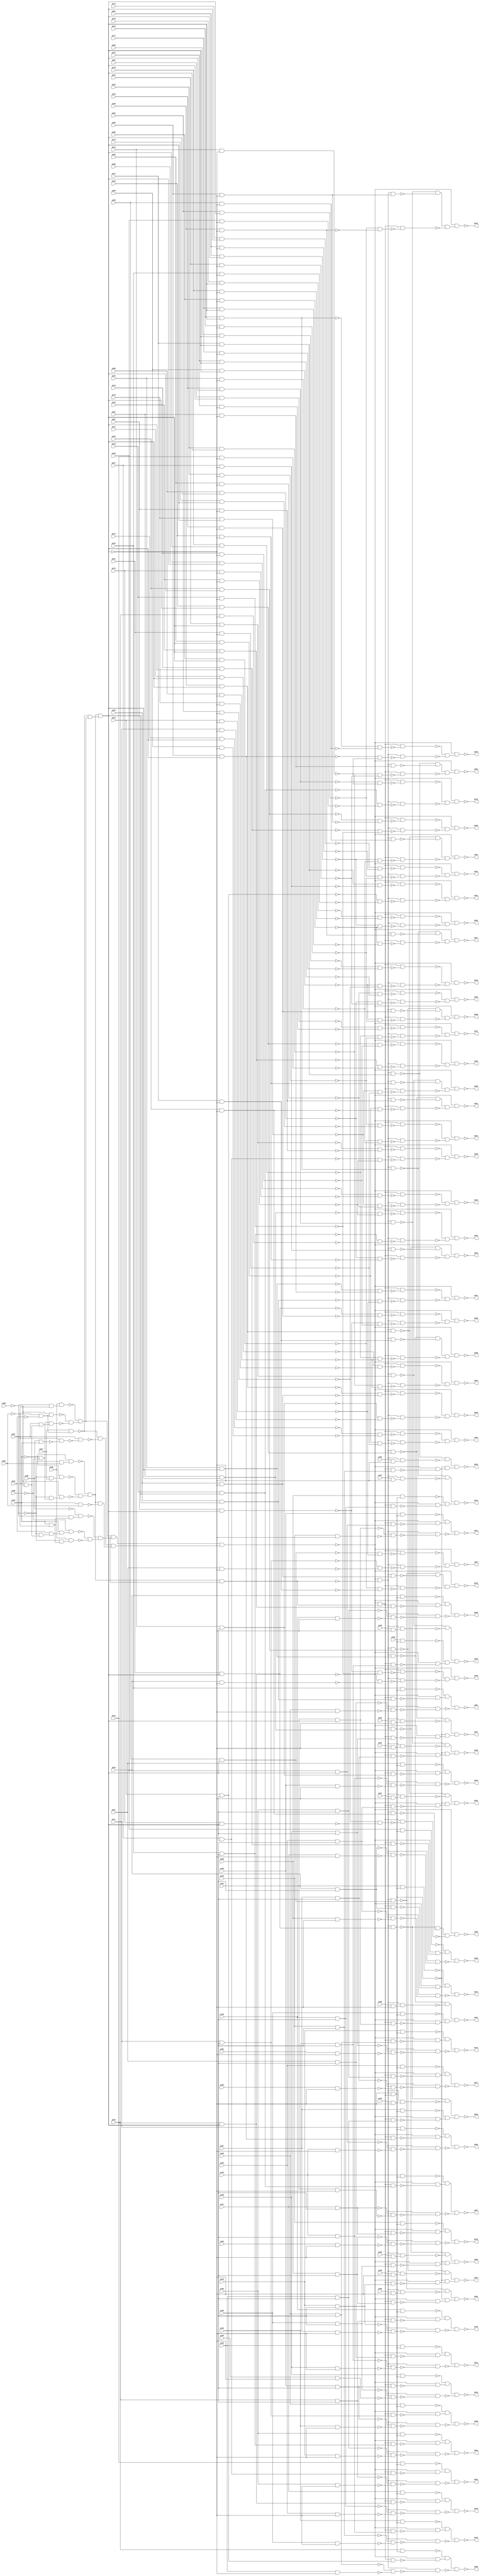
// Verilog File 
module i9 (pi00,pi01,pi02,pi03,pi04,pi05,pi06,pi07,pi08,
pi09,pi10,pi11,pi12,pi13,pi14,pi15,pi16,pi17,pi18,
pi19,pi20,pi21,pi22,pi23,pi24,pi25,pi26,pi27,pi28,
pi29,pi30,pi31,pi32,pi33,pi34,pi35,pi36,pi37,pi38,
pi39,pi40,pi41,pi42,pi43,pi44,pi45,pi46,pi47,pi48,
pi49,pi50,pi51,pi52,pi53,pi54,pi55,pi56,pi57,pi58,
pi59,pi60,pi61,pi62,pi63,pi64,pi65,pi66,pi67,pi68,
pi69,pi70,pi71,pi72,pi73,pi74,pi75,pi76,pi77,pi78,
pi79,pi80,pi81,pi82,pi83,pi84,pi85,pi86,pi87,po00,
po01,po02,po03,po04,po05,po06,po07,po08,po09,po10,
po11,po12,po13,po14,po15,po16,po17,po18,po19,po20,
po21,po22,po23,po24,po25,po26,po27,po28,po29,po30,
po31,po32,po33,po34,po35,po36,po37,po38,po39,po40,
po41,po42,po43,po44,po45,po46,po47,po48,po49,po50,
po51,po52,po53,po54,po55,po56,po57,po58,po59,po60,
po61,po62);

input pi00,pi01,pi02,pi03,pi04,pi05,pi06,pi07,pi08,
pi09,pi10,pi11,pi12,pi13,pi14,pi15,pi16,pi17,pi18,
pi19,pi20,pi21,pi22,pi23,pi24,pi25,pi26,pi27,pi28,
pi29,pi30,pi31,pi32,pi33,pi34,pi35,pi36,pi37,pi38,
pi39,pi40,pi41,pi42,pi43,pi44,pi45,pi46,pi47,pi48,
pi49,pi50,pi51,pi52,pi53,pi54,pi55,pi56,pi57,pi58,
pi59,pi60,pi61,pi62,pi63,pi64,pi65,pi66,pi67,pi68,
pi69,pi70,pi71,pi72,pi73,pi74,pi75,pi76,pi77,pi78,
pi79,pi80,pi81,pi82,pi83,pi84,pi85,pi86,pi87;

output po00,po01,po02,po03,po04,po05,po06,po07,po08,
po09,po10,po11,po12,po13,po14,po15,po16,po17,po18,
po19,po20,po21,po22,po23,po24,po25,po26,po27,po28,
po29,po30,po31,po32,po33,po34,po35,po36,po37,po38,
po39,po40,po41,po42,po43,po44,po45,po46,po47,po48,
po49,po50,po51,po52,po53,po54,po55,po56,po57,po58,
po59,po60,po61,po62;

wire n151,n152,n153,n154,n155,n156,n157,n158,n159,
n160,n161,n162,n163,n164,n165,n166,n167,n168,n169,
n170,n171,n172,n173,n174,n175,n176,n177,n178,n179,
n180,n181,n182,n183,n184,n185,n186,n187,n188,n189,
n190,n191,n192,n193,n194,n195,n196,n197,n198,n199,
n200,n201,n202,n203,n204,n205,n206,n207,n208,n209,
n210,n211,n212,n213,n214,n215,n216,n217,n218,n219,
n220,n221,n222,n223,n224,n225,n226,n227,n228,n229,
n230,n231,n232,n233,n234,n235,n236,n237,n239,n240,
n241,n242,n243,n244,n245,n246,n247,n248,n249,n250,
n251,n252,n253,n254,n255,n257,n258,n259,n260,n261,
n262,n263,n264,n265,n266,n267,n268,n269,n270,n271,
n272,n273,n275,n276,n277,n278,n279,n280,n281,n282,
n283,n284,n285,n286,n287,n288,n289,n290,n291,n293,
n294,n295,n296,n297,n298,n299,n300,n301,n302,n303,
n304,n305,n306,n307,n308,n309,n311,n312,n313,n314,
n315,n316,n317,n318,n319,n320,n321,n322,n323,n324,
n325,n326,n327,n329,n330,n331,n332,n333,n334,n335,
n336,n337,n338,n339,n340,n341,n342,n343,n344,n345,
n347,n348,n349,n350,n351,n352,n353,n354,n355,n356,
n357,n358,n359,n360,n361,n362,n363,n365,n366,n367,
n368,n369,n370,n371,n372,n373,n374,n375,n376,n377,
n378,n379,n380,n381,n383,n384,n385,n386,n387,n388,
n389,n390,n391,n392,n393,n394,n395,n396,n397,n398,
n399,n401,n402,n403,n404,n405,n406,n407,n408,n409,
n410,n411,n412,n413,n414,n415,n416,n417,n419,n420,
n421,n422,n423,n424,n425,n426,n427,n428,n429,n430,
n431,n432,n433,n435,n436,n437,n438,n439,n440,n441,
n442,n443,n444,n445,n446,n447,n448,n449,n451,n452,
n453,n454,n455,n456,n457,n458,n459,n460,n461,n462,
n463,n464,n465,n467,n468,n469,n470,n471,n472,n473,
n474,n475,n476,n477,n478,n479,n480,n481,n483,n484,
n485,n486,n487,n488,n489,n490,n491,n492,n493,n494,
n495,n496,n497,n499,n500,n501,n502,n503,n504,n505,
n506,n507,n508,n509,n510,n511,n512,n513,n515,n516,
n517,n518,n519,n520,n521,n522,n523,n524,n525,n526,
n527,n528,n529,n531,n532,n533,n534,n535,n536,n537,
n538,n539,n540,n541,n542,n543,n544,n545,n547,n548,
n549,n550,n551,n552,n553,n554,n555,n556,n557,n558,
n559,n560,n561,n563,n564,n565,n566,n567,n568,n569,
n570,n571,n572,n573,n574,n575,n576,n577,n579,n580,
n581,n582,n583,n584,n585,n586,n587,n588,n589,n590,
n591,n592,n593,n595,n596,n597,n598,n599,n600,n601,
n602,n603,n604,n605,n606,n607,n608,n609,n611,n612,
n613,n614,n615,n616,n617,n618,n619,n620,n621,n622,
n623,n624,n625,n627,n628,n629,n630,n631,n632,n633,
n634,n635,n636,n637,n638,n639,n641,n642,n643,n644,
n645,n646,n647,n648,n649,n650,n651,n652,n653,n655,
n656,n657,n658,n659,n660,n661,n662,n663,n664,n665,
n666,n667,n669,n670,n671,n672,n673,n674,n675,n676,
n677,n678,n679,n680,n681,n683,n684,n685,n686,n687,
n688,n689,n690,n691,n692,n693,n694,n695,n697,n698,
n699,n700,n701,n702,n703,n704,n705,n706,n707,n708,
n709,n711,n712,n713,n714,n715,n716,n717,n718,n719,
n720,n721,n722,n723,n725,n726,n727,n728,n729,n730,
n731,n732,n733,n734,n735,n736,n737,n738,n739,n741,
n742,n743,n744,n745,n746,n747,n748,n749,n750,n751,
n752,n753,n754,n755,n757,n758,n759,n760,n761,n762,
n763,n764,n765,n766,n767,n768,n769,n770,n771,n773,
n774,n775,n776,n777,n778,n779,n780,n781,n782,n783,
n784,n785,n786,n787,n789,n790,n791,n792,n793,n794,
n795,n796,n797,n798,n799,n800,n801,n802,n803,n804,
n806,n807,n808,n809,n810,n811,n812,n813,n814,n815,
n816,n817,n818,n819,n821,n822,n823,n824,n825,n826,
n827,n828,n829,n830,n831,n832,n833,n834,n836,n837,
n838,n839,n840,n841,n842,n843,n844,n845,n846,n847,
n849,n850,n851,n852,n853,n854,n855,n856,n857,n858,
n859,n860,n862,n863,n864,n865,n866,n867,n868,n869,
n870,n871,n872,n873,n875,n876,n877,n878,n879,n880,
n881,n882,n883,n884,n885,n886,n888,n889,n890,n891,
n892,n893,n894,n895,n896,n897,n898,n899,n901,n902,
n903,n904,n905,n906,n907,n908,n909,n910,n911,n912,
n914,n915,n916,n917,n918,n919,n920,n921,n922,n923,
n924,n925,n927,n928,n929,n930,n931,n932,n933,n934,
n935,n936,n937,n938,n940,n941,n942,n943,n944,n945,
n946,n947,n948,n949,n950,n951,n953,n954,n955,n956,
n957,n958,n959,n960,n961,n962,n963,n964,n965,n966,
n967,n968,n969,n970,n972,n973,n974,n975,n976,n977,
n978,n979,n980,n981,n982,n983,n984,n985,n986,n987,
n988,n989,n991,n992,n993,n994,n995,n996,n997,n998,
n999,n1000,n1001,n1002,n1003,n1004,n1005,n1006,n1007,n1008,
n1010,n1011,n1012,n1013,n1014,n1015,n1016,n1017,n1018,n1019,
n1020,n1021,n1022,n1023,n1024,n1025,n1026,n1027,n1029,n1030,
n1031,n1032,n1033,n1034,n1035,n1036,n1037,n1038,n1039,n1040,
n1041,n1042,n1043,n1044,n1045,n1046,n1048,n1049,n1050,n1051,
n1052,n1053,n1054,n1055,n1056,n1057,n1058,n1059,n1060,n1061,
n1062,n1063,n1065,n1066,n1067,n1068,n1069,n1070,n1071,n1072,
n1073,n1074,n1075,n1076,n1077,n1078,n1079,n1080,n1082,n1083,
n1084,n1085,n1086,n1087,n1088,n1089,n1090,n1091,n1092,n1093,
n1094,n1095,n1097,n1098,n1099,n1100,n1101,n1102,n1103,n1104,
n1105,n1106,n1107,n1108,n1109,n1110,n1112,n1113,n1114,n1115,
n1116,n1117,n1118,n1119,n1120,n1121,n1122,n1124,n1125,n1126,
n1127,n1128,n1129,n1130,n1131,n1132,n1133,n1134,n1136,n1137,
n1138,n1139,n1140,n1141,n1142,n1143,n1144,n1146,n1147,n1148,
n1149,n1150,n1151,n1152,n1153,n1154,n1156,n1157,n1158,n1159,
n1160,n1161,n1162,n1163,n1164,n1166,n1167,n1168,n1169,n1170,
n1171,n1172,n1173,n1174,n1176,n1177,n1178,n1179,n1180,n1181,
n1182,n1183,n1184;
not gate_0(n151,pi00);
not gate_1(n152,pi01);
not gate_2(n153,pi02);
not gate_3(n154,pi03);
not gate_4(n155,pi04);
not gate_5(n156,pi05);
not gate_6(n157,pi06);
and gate_7(n158,n152,pi03);
and gate_8(n159,n153,n158);
not gate_9(n160,n159);
and gate_10(n161,n152,pi07);
and gate_11(n162,n153,n161);
not gate_12(n163,n162);
and gate_13(n164,n153,n157);
and gate_14(n165,n152,n164);
and gate_15(n166,n156,n165);
not gate_16(n167,n166);
and gate_17(n168,n163,n167);
and gate_18(n169,n160,n168);
and gate_19(n170,n154,n155);
and gate_20(n171,pi07,n170);
not gate_21(n172,n171);
and gate_22(n173,pi01,n154);
and gate_23(n174,pi08,n173);
not gate_24(n175,n174);
and gate_25(n176,n156,n170);
not gate_26(n177,n176);
and gate_27(n178,n154,n156);
and gate_28(n179,pi01,n178);
and gate_29(n180,n164,n179);
not gate_30(n181,n180);
and gate_31(n182,n177,n181);
and gate_32(n183,n175,n182);
and gate_33(n184,n172,n183);
and gate_34(n185,n169,n184);
not gate_35(n186,n185);
and gate_36(n187,pi02,n154);
and gate_37(n188,pi01,n187);
and gate_38(n189,n151,n188);
not gate_39(n190,n189);
and gate_40(n191,n152,n178);
and gate_41(n192,pi04,n191);
and gate_42(n193,pi02,n192);
and gate_43(n194,n157,n193);
not gate_44(n195,n194);
and gate_45(n196,n152,n187);
and gate_46(n197,pi08,n196);
not gate_47(n198,n197);
and gate_48(n199,n195,n198);
and gate_49(n200,n190,n199);
and gate_50(n201,n183,n200);
and gate_51(n202,pi00,pi02);
not gate_52(n203,n202);
and gate_53(n204,n154,n203);
not gate_54(n205,n204);
and gate_55(n206,pi01,n205);
not gate_56(n207,n206);
and gate_57(n208,n172,n207);
and gate_58(n209,pi02,pi03);
not gate_59(n210,n209);
and gate_60(n211,n169,n210);
and gate_61(n212,n208,n211);
and gate_62(n213,n201,n212);
not gate_63(n214,n213);
and gate_64(n215,n169,n200);
not gate_65(n216,n215);
and gate_66(n217,n214,n215);
and gate_67(n218,n186,n217);
not gate_68(n219,n218);
and gate_69(n220,pi17,n218);
not gate_70(n221,n220);
and gate_71(n222,pi09,n185);
not gate_72(n223,n222);
and gate_73(n224,n217,n222);
not gate_74(n225,n224);
and gate_75(n226,n214,n225);
and gate_76(n227,n221,n226);
and gate_77(n228,n214,n216);
and gate_78(n229,pi20,n185);
not gate_79(n230,n229);
and gate_80(n231,pi24,n186);
not gate_81(n232,n231);
and gate_82(n233,n230,n232);
not gate_83(n234,n233);
and gate_84(n235,n228,n234);
not gate_85(n236,n235);
and gate_86(n237,n227,n236);
not gate_87(po00,n237);
and gate_88(n239,pi18,n218);
not gate_89(n240,n239);
and gate_90(n241,pi10,n185);
not gate_91(n242,n241);
and gate_92(n243,n217,n241);
not gate_93(n244,n243);
and gate_94(n245,n214,n244);
and gate_95(n246,n240,n245);
and gate_96(n247,pi21,n185);
not gate_97(n248,n247);
and gate_98(n249,pi25,n186);
not gate_99(n250,n249);
and gate_100(n251,n248,n250);
not gate_101(n252,n251);
and gate_102(n253,n228,n252);
not gate_103(n254,n253);
and gate_104(n255,n246,n254);
not gate_105(po01,n255);
and gate_106(n257,pi19,n218);
not gate_107(n258,n257);
and gate_108(n259,pi11,n185);
not gate_109(n260,n259);
and gate_110(n261,n217,n259);
not gate_111(n262,n261);
and gate_112(n263,n214,n262);
and gate_113(n264,n258,n263);
and gate_114(n265,pi22,n185);
not gate_115(n266,n265);
and gate_116(n267,pi26,n186);
not gate_117(n268,n267);
and gate_118(n269,n266,n268);
not gate_119(n270,n269);
and gate_120(n271,n228,n270);
not gate_121(n272,n271);
and gate_122(n273,n264,n272);
not gate_123(po02,n273);
and gate_124(n275,pi20,n218);
not gate_125(n276,n275);
and gate_126(n277,pi12,n185);
not gate_127(n278,n277);
and gate_128(n279,n217,n277);
not gate_129(n280,n279);
and gate_130(n281,n214,n280);
and gate_131(n282,n276,n281);
and gate_132(n283,pi23,n185);
not gate_133(n284,n283);
and gate_134(n285,pi27,n186);
not gate_135(n286,n285);
and gate_136(n287,n284,n286);
not gate_137(n288,n287);
and gate_138(n289,n228,n288);
not gate_139(n290,n289);
and gate_140(n291,n282,n290);
not gate_141(po03,n291);
and gate_142(n293,pi21,n218);
not gate_143(n294,n293);
and gate_144(n295,pi13,n185);
not gate_145(n296,n295);
and gate_146(n297,n217,n295);
not gate_147(n298,n297);
and gate_148(n299,n214,n298);
and gate_149(n300,n294,n299);
and gate_150(n301,pi24,n185);
not gate_151(n302,n301);
and gate_152(n303,pi28,n186);
not gate_153(n304,n303);
and gate_154(n305,n302,n304);
not gate_155(n306,n305);
and gate_156(n307,n228,n306);
not gate_157(n308,n307);
and gate_158(n309,n300,n308);
not gate_159(po04,n309);
and gate_160(n311,pi22,n218);
not gate_161(n312,n311);
and gate_162(n313,pi14,n185);
not gate_163(n314,n313);
and gate_164(n315,n217,n313);
not gate_165(n316,n315);
and gate_166(n317,n214,n316);
and gate_167(n318,n312,n317);
and gate_168(n319,pi25,n185);
not gate_169(n320,n319);
and gate_170(n321,pi29,n186);
not gate_171(n322,n321);
and gate_172(n323,n320,n322);
not gate_173(n324,n323);
and gate_174(n325,n228,n324);
not gate_175(n326,n325);
and gate_176(n327,n318,n326);
not gate_177(po05,n327);
and gate_178(n329,pi23,n218);
not gate_179(n330,n329);
and gate_180(n331,pi15,n185);
not gate_181(n332,n331);
and gate_182(n333,n217,n331);
not gate_183(n334,n333);
and gate_184(n335,n214,n334);
and gate_185(n336,n330,n335);
and gate_186(n337,pi26,n185);
not gate_187(n338,n337);
and gate_188(n339,pi30,n186);
not gate_189(n340,n339);
and gate_190(n341,n338,n340);
not gate_191(n342,n341);
and gate_192(n343,n228,n342);
not gate_193(n344,n343);
and gate_194(n345,n336,n344);
not gate_195(po06,n345);
and gate_196(n347,pi24,n218);
not gate_197(n348,n347);
and gate_198(n349,pi16,n185);
not gate_199(n350,n349);
and gate_200(n351,n217,n349);
not gate_201(n352,n351);
and gate_202(n353,n214,n352);
and gate_203(n354,n348,n353);
and gate_204(n355,pi27,n185);
not gate_205(n356,n355);
and gate_206(n357,pi31,n186);
not gate_207(n358,n357);
and gate_208(n359,n356,n358);
not gate_209(n360,n359);
and gate_210(n361,n228,n360);
not gate_211(n362,n361);
and gate_212(n363,n354,n362);
not gate_213(po07,n363);
and gate_214(n365,pi25,n218);
not gate_215(n366,n365);
and gate_216(n367,pi17,n185);
not gate_217(n368,n367);
and gate_218(n369,n217,n367);
not gate_219(n370,n369);
and gate_220(n371,n214,n370);
and gate_221(n372,n366,n371);
and gate_222(n373,pi28,n185);
not gate_223(n374,n373);
and gate_224(n375,pi32,n186);
not gate_225(n376,n375);
and gate_226(n377,n374,n376);
not gate_227(n378,n377);
and gate_228(n379,n228,n378);
not gate_229(n380,n379);
and gate_230(n381,n372,n380);
not gate_231(po08,n381);
and gate_232(n383,pi26,n218);
not gate_233(n384,n383);
and gate_234(n385,pi18,n185);
not gate_235(n386,n385);
and gate_236(n387,n217,n385);
not gate_237(n388,n387);
and gate_238(n389,n214,n388);
and gate_239(n390,n384,n389);
and gate_240(n391,pi29,n185);
not gate_241(n392,n391);
and gate_242(n393,pi33,n186);
not gate_243(n394,n393);
and gate_244(n395,n392,n394);
not gate_245(n396,n395);
and gate_246(n397,n228,n396);
not gate_247(n398,n397);
and gate_248(n399,n390,n398);
not gate_249(po09,n399);
and gate_250(n401,pi27,n218);
not gate_251(n402,n401);
and gate_252(n403,pi19,n185);
not gate_253(n404,n403);
and gate_254(n405,n217,n403);
not gate_255(n406,n405);
and gate_256(n407,n214,n406);
and gate_257(n408,n402,n407);
and gate_258(n409,pi30,n185);
not gate_259(n410,n409);
and gate_260(n411,pi34,n186);
not gate_261(n412,n411);
and gate_262(n413,n410,n412);
not gate_263(n414,n413);
and gate_264(n415,n228,n414);
not gate_265(n416,n415);
and gate_266(n417,n408,n416);
not gate_267(po10,n417);
and gate_268(n419,pi28,n218);
not gate_269(n420,n419);
and gate_270(n421,n217,n229);
not gate_271(n422,n421);
and gate_272(n423,n214,n422);
and gate_273(n424,n420,n423);
and gate_274(n425,pi31,n185);
not gate_275(n426,n425);
and gate_276(n427,pi35,n186);
not gate_277(n428,n427);
and gate_278(n429,n426,n428);
not gate_279(n430,n429);
and gate_280(n431,n228,n430);
not gate_281(n432,n431);
and gate_282(n433,n424,n432);
not gate_283(po11,n433);
and gate_284(n435,pi29,n218);
not gate_285(n436,n435);
and gate_286(n437,n217,n247);
not gate_287(n438,n437);
and gate_288(n439,n214,n438);
and gate_289(n440,n436,n439);
and gate_290(n441,pi32,n185);
not gate_291(n442,n441);
and gate_292(n443,pi36,n186);
not gate_293(n444,n443);
and gate_294(n445,n442,n444);
not gate_295(n446,n445);
and gate_296(n447,n228,n446);
not gate_297(n448,n447);
and gate_298(n449,n440,n448);
not gate_299(po12,n449);
and gate_300(n451,pi30,n218);
not gate_301(n452,n451);
and gate_302(n453,n217,n265);
not gate_303(n454,n453);
and gate_304(n455,n214,n454);
and gate_305(n456,n452,n455);
and gate_306(n457,pi33,n185);
not gate_307(n458,n457);
and gate_308(n459,pi37,n186);
not gate_309(n460,n459);
and gate_310(n461,n458,n460);
not gate_311(n462,n461);
and gate_312(n463,n228,n462);
not gate_313(n464,n463);
and gate_314(n465,n456,n464);
not gate_315(po13,n465);
and gate_316(n467,pi31,n218);
not gate_317(n468,n467);
and gate_318(n469,n217,n283);
not gate_319(n470,n469);
and gate_320(n471,n214,n470);
and gate_321(n472,n468,n471);
and gate_322(n473,pi34,n185);
not gate_323(n474,n473);
and gate_324(n475,pi38,n186);
not gate_325(n476,n475);
and gate_326(n477,n474,n476);
not gate_327(n478,n477);
and gate_328(n479,n228,n478);
not gate_329(n480,n479);
and gate_330(n481,n472,n480);
not gate_331(po14,n481);
and gate_332(n483,pi32,n218);
not gate_333(n484,n483);
and gate_334(n485,n217,n301);
not gate_335(n486,n485);
and gate_336(n487,n214,n486);
and gate_337(n488,n484,n487);
and gate_338(n489,pi35,n185);
not gate_339(n490,n489);
and gate_340(n491,pi39,n186);
not gate_341(n492,n491);
and gate_342(n493,n490,n492);
not gate_343(n494,n493);
and gate_344(n495,n228,n494);
not gate_345(n496,n495);
and gate_346(n497,n488,n496);
not gate_347(po15,n497);
and gate_348(n499,pi33,n218);
not gate_349(n500,n499);
and gate_350(n501,n217,n319);
not gate_351(n502,n501);
and gate_352(n503,n214,n502);
and gate_353(n504,n500,n503);
and gate_354(n505,pi36,n185);
not gate_355(n506,n505);
and gate_356(n507,pi52,n186);
not gate_357(n508,n507);
and gate_358(n509,n506,n508);
not gate_359(n510,n509);
and gate_360(n511,n228,n510);
not gate_361(n512,n511);
and gate_362(n513,n504,n512);
not gate_363(po16,n513);
and gate_364(n515,pi34,n218);
not gate_365(n516,n515);
and gate_366(n517,n217,n337);
not gate_367(n518,n517);
and gate_368(n519,n214,n518);
and gate_369(n520,n516,n519);
and gate_370(n521,pi37,n185);
not gate_371(n522,n521);
and gate_372(n523,pi53,n186);
not gate_373(n524,n523);
and gate_374(n525,n522,n524);
not gate_375(n526,n525);
and gate_376(n527,n228,n526);
not gate_377(n528,n527);
and gate_378(n529,n520,n528);
not gate_379(po17,n529);
and gate_380(n531,pi35,n218);
not gate_381(n532,n531);
and gate_382(n533,n217,n355);
not gate_383(n534,n533);
and gate_384(n535,n214,n534);
and gate_385(n536,n532,n535);
and gate_386(n537,pi38,n185);
not gate_387(n538,n537);
and gate_388(n539,pi54,n186);
not gate_389(n540,n539);
and gate_390(n541,n538,n540);
not gate_391(n542,n541);
and gate_392(n543,n228,n542);
not gate_393(n544,n543);
and gate_394(n545,n536,n544);
not gate_395(po18,n545);
and gate_396(n547,pi36,n218);
not gate_397(n548,n547);
and gate_398(n549,n217,n373);
not gate_399(n550,n549);
and gate_400(n551,n214,n550);
and gate_401(n552,n548,n551);
and gate_402(n553,pi39,n185);
not gate_403(n554,n553);
and gate_404(n555,pi55,n186);
not gate_405(n556,n555);
and gate_406(n557,n554,n556);
not gate_407(n558,n557);
and gate_408(n559,n228,n558);
not gate_409(n560,n559);
and gate_410(n561,n552,n560);
not gate_411(po19,n561);
and gate_412(n563,pi41,n185);
not gate_413(n564,n563);
and gate_414(n565,n228,n563);
not gate_415(n566,n565);
and gate_416(n567,pi56,n186);
and gate_417(n568,n228,n567);
not gate_418(n569,n568);
and gate_419(n570,n566,n569);
and gate_420(n571,pi37,n218);
not gate_421(n572,n571);
and gate_422(n573,n217,n391);
not gate_423(n574,n573);
and gate_424(n575,n214,n574);
and gate_425(n576,n572,n575);
and gate_426(n577,n570,n576);
not gate_427(po20,n577);
and gate_428(n579,pi42,n185);
not gate_429(n580,n579);
and gate_430(n581,n228,n579);
not gate_431(n582,n581);
and gate_432(n583,pi57,n186);
and gate_433(n584,n228,n583);
not gate_434(n585,n584);
and gate_435(n586,n582,n585);
and gate_436(n587,pi38,n218);
not gate_437(n588,n587);
and gate_438(n589,n217,n409);
not gate_439(n590,n589);
and gate_440(n591,n214,n590);
and gate_441(n592,n588,n591);
and gate_442(n593,n586,n592);
not gate_443(po21,n593);
and gate_444(n595,pi43,n185);
not gate_445(n596,n595);
and gate_446(n597,n228,n595);
not gate_447(n598,n597);
and gate_448(n599,pi58,n186);
and gate_449(n600,n228,n599);
not gate_450(n601,n600);
and gate_451(n602,n598,n601);
and gate_452(n603,pi39,n218);
not gate_453(n604,n603);
and gate_454(n605,n217,n425);
not gate_455(n606,n605);
and gate_456(n607,n214,n606);
and gate_457(n608,n604,n607);
and gate_458(n609,n602,n608);
not gate_459(po22,n609);
and gate_460(n611,pi44,n185);
not gate_461(n612,n611);
and gate_462(n613,n228,n611);
not gate_463(n614,n613);
and gate_464(n615,pi59,n186);
and gate_465(n616,n228,n615);
not gate_466(n617,n616);
and gate_467(n618,n614,n617);
and gate_468(n619,pi40,n218);
not gate_469(n620,n619);
and gate_470(n621,n217,n441);
not gate_471(n622,n621);
and gate_472(n623,n214,n622);
and gate_473(n624,n620,n623);
and gate_474(n625,n618,n624);
not gate_475(po23,n625);
and gate_476(n627,pi45,n185);
not gate_477(n628,n627);
and gate_478(n629,n228,n627);
not gate_479(n630,n629);
and gate_480(n631,pi60,n186);
and gate_481(n632,n228,n631);
not gate_482(n633,n632);
and gate_483(n634,n630,n633);
and gate_484(n635,n217,n457);
not gate_485(n636,n635);
and gate_486(n637,n214,n636);
and gate_487(n638,n219,n637);
and gate_488(n639,n634,n638);
not gate_489(po24,n639);
and gate_490(n641,pi46,n185);
not gate_491(n642,n641);
and gate_492(n643,n228,n641);
not gate_493(n644,n643);
and gate_494(n645,pi61,n186);
and gate_495(n646,n228,n645);
not gate_496(n647,n646);
and gate_497(n648,n644,n647);
and gate_498(n649,n217,n473);
not gate_499(n650,n649);
and gate_500(n651,n214,n650);
and gate_501(n652,n219,n651);
and gate_502(n653,n648,n652);
not gate_503(po25,n653);
and gate_504(n655,pi47,n185);
not gate_505(n656,n655);
and gate_506(n657,n228,n655);
not gate_507(n658,n657);
and gate_508(n659,pi62,n186);
and gate_509(n660,n228,n659);
not gate_510(n661,n660);
and gate_511(n662,n658,n661);
and gate_512(n663,n217,n489);
not gate_513(n664,n663);
and gate_514(n665,n214,n664);
and gate_515(n666,n219,n665);
and gate_516(n667,n662,n666);
not gate_517(po26,n667);
and gate_518(n669,pi48,n185);
not gate_519(n670,n669);
and gate_520(n671,n228,n669);
not gate_521(n672,n671);
and gate_522(n673,pi63,n186);
and gate_523(n674,n228,n673);
not gate_524(n675,n674);
and gate_525(n676,n672,n675);
and gate_526(n677,n217,n505);
not gate_527(n678,n677);
and gate_528(n679,n214,n678);
and gate_529(n680,n219,n679);
and gate_530(n681,n676,n680);
not gate_531(po27,n681);
and gate_532(n683,pi49,n185);
not gate_533(n684,n683);
and gate_534(n685,n228,n683);
not gate_535(n686,n685);
and gate_536(n687,pi64,n186);
and gate_537(n688,n228,n687);
not gate_538(n689,n688);
and gate_539(n690,n686,n689);
and gate_540(n691,n217,n521);
not gate_541(n692,n691);
and gate_542(n693,n214,n692);
and gate_543(n694,n219,n693);
and gate_544(n695,n690,n694);
not gate_545(po28,n695);
and gate_546(n697,pi50,n185);
not gate_547(n698,n697);
and gate_548(n699,n228,n697);
not gate_549(n700,n699);
and gate_550(n701,pi65,n186);
and gate_551(n702,n228,n701);
not gate_552(n703,n702);
and gate_553(n704,n700,n703);
and gate_554(n705,n217,n537);
not gate_555(n706,n705);
and gate_556(n707,n214,n706);
and gate_557(n708,n219,n707);
and gate_558(n709,n704,n708);
not gate_559(po29,n709);
and gate_560(n711,pi51,n185);
not gate_561(n712,n711);
and gate_562(n713,n228,n711);
not gate_563(n714,n713);
and gate_564(n715,pi66,n186);
and gate_565(n716,n228,n715);
not gate_566(n717,n716);
and gate_567(n718,n714,n717);
and gate_568(n719,n217,n553);
not gate_569(n720,n719);
and gate_570(n721,n214,n720);
and gate_571(n722,n219,n721);
and gate_572(n723,n718,n722);
not gate_573(po30,n723);
and gate_574(n725,pi87,n186);
not gate_575(n726,n725);
and gate_576(n727,n228,n725);
not gate_577(n728,n727);
and gate_578(n729,n672,n728);
and gate_579(n730,pi83,n185);
not gate_580(n731,n730);
and gate_581(n732,pi45,n186);
not gate_582(n733,n732);
and gate_583(n734,n731,n733);
not gate_584(n735,n734);
and gate_585(n736,n217,n735);
not gate_586(n737,n736);
and gate_587(n738,n729,n737);
and gate_588(n739,n214,n738);
not gate_589(po31,n739);
and gate_590(n741,pi09,n186);
not gate_591(n742,n741);
and gate_592(n743,n228,n741);
not gate_593(n744,n743);
and gate_594(n745,n686,n744);
and gate_595(n746,pi84,n185);
not gate_596(n747,n746);
and gate_597(n748,pi46,n186);
not gate_598(n749,n748);
and gate_599(n750,n747,n749);
not gate_600(n751,n750);
and gate_601(n752,n217,n751);
not gate_602(n753,n752);
and gate_603(n754,n745,n753);
and gate_604(n755,n214,n754);
not gate_605(po32,n755);
and gate_606(n757,pi10,n186);
not gate_607(n758,n757);
and gate_608(n759,n228,n757);
not gate_609(n760,n759);
and gate_610(n761,n700,n760);
and gate_611(n762,pi85,n185);
not gate_612(n763,n762);
and gate_613(n764,pi47,n186);
not gate_614(n765,n764);
and gate_615(n766,n763,n765);
not gate_616(n767,n766);
and gate_617(n768,n217,n767);
not gate_618(n769,n768);
and gate_619(n770,n761,n769);
and gate_620(n771,n214,n770);
not gate_621(po33,n771);
and gate_622(n773,pi11,n186);
not gate_623(n774,n773);
and gate_624(n775,n228,n773);
not gate_625(n776,n775);
and gate_626(n777,n714,n776);
and gate_627(n778,pi86,n185);
not gate_628(n779,n778);
and gate_629(n780,pi48,n186);
not gate_630(n781,n780);
and gate_631(n782,n779,n781);
not gate_632(n783,n782);
and gate_633(n784,n217,n783);
not gate_634(n785,n784);
and gate_635(n786,n777,n785);
and gate_636(n787,n214,n786);
not gate_637(po34,n787);
and gate_638(n789,pi49,n186);
not gate_639(n790,n789);
and gate_640(n791,n564,n790);
not gate_641(n792,n791);
and gate_642(n793,n217,n792);
not gate_643(n794,n793);
and gate_644(n795,pi87,n185);
not gate_645(n796,n795);
and gate_646(n797,pi12,n186);
not gate_647(n798,n797);
and gate_648(n799,n796,n798);
not gate_649(n800,n799);
and gate_650(n801,n228,n800);
not gate_651(n802,n801);
and gate_652(n803,n794,n802);
and gate_653(n804,n214,n803);
not gate_654(po35,n804);
and gate_655(n806,pi50,n186);
not gate_656(n807,n806);
and gate_657(n808,n580,n807);
not gate_658(n809,n808);
and gate_659(n810,n217,n809);
not gate_660(n811,n810);
and gate_661(n812,pi13,n186);
not gate_662(n813,n812);
and gate_663(n814,n223,n813);
not gate_664(n815,n814);
and gate_665(n816,n228,n815);
not gate_666(n817,n816);
and gate_667(n818,n811,n817);
and gate_668(n819,n214,n818);
not gate_669(po36,n819);
and gate_670(n821,pi51,n186);
not gate_671(n822,n821);
and gate_672(n823,n596,n822);
not gate_673(n824,n823);
and gate_674(n825,n217,n824);
not gate_675(n826,n825);
and gate_676(n827,pi14,n186);
not gate_677(n828,n827);
and gate_678(n829,n242,n828);
not gate_679(n830,n829);
and gate_680(n831,n228,n830);
not gate_681(n832,n831);
and gate_682(n833,n826,n832);
and gate_683(n834,n214,n833);
not gate_684(po37,n834);
and gate_685(n836,n612,n726);
not gate_686(n837,n836);
and gate_687(n838,n217,n837);
not gate_688(n839,n838);
and gate_689(n840,pi15,n186);
not gate_690(n841,n840);
and gate_691(n842,n260,n841);
not gate_692(n843,n842);
and gate_693(n844,n228,n843);
not gate_694(n845,n844);
and gate_695(n846,n839,n845);
and gate_696(n847,n214,n846);
not gate_697(po38,n847);
and gate_698(n849,n628,n742);
not gate_699(n850,n849);
and gate_700(n851,n217,n850);
not gate_701(n852,n851);
and gate_702(n853,pi16,n186);
not gate_703(n854,n853);
and gate_704(n855,n278,n854);
not gate_705(n856,n855);
and gate_706(n857,n228,n856);
not gate_707(n858,n857);
and gate_708(n859,n852,n858);
and gate_709(n860,n214,n859);
not gate_710(po39,n860);
and gate_711(n862,n642,n758);
not gate_712(n863,n862);
and gate_713(n864,n217,n863);
not gate_714(n865,n864);
and gate_715(n866,pi17,n186);
not gate_716(n867,n866);
and gate_717(n868,n296,n867);
not gate_718(n869,n868);
and gate_719(n870,n228,n869);
not gate_720(n871,n870);
and gate_721(n872,n865,n871);
and gate_722(n873,n214,n872);
not gate_723(po40,n873);
and gate_724(n875,n656,n774);
not gate_725(n876,n875);
and gate_726(n877,n217,n876);
not gate_727(n878,n877);
and gate_728(n879,pi18,n186);
not gate_729(n880,n879);
and gate_730(n881,n314,n880);
not gate_731(n882,n881);
and gate_732(n883,n228,n882);
not gate_733(n884,n883);
and gate_734(n885,n878,n884);
and gate_735(n886,n214,n885);
not gate_736(po41,n886);
and gate_737(n888,n670,n798);
not gate_738(n889,n888);
and gate_739(n890,n217,n889);
not gate_740(n891,n890);
and gate_741(n892,pi19,n186);
not gate_742(n893,n892);
and gate_743(n894,n332,n893);
not gate_744(n895,n894);
and gate_745(n896,n228,n895);
not gate_746(n897,n896);
and gate_747(n898,n891,n897);
and gate_748(n899,n214,n898);
not gate_749(po42,n899);
and gate_750(n901,n684,n813);
not gate_751(n902,n901);
and gate_752(n903,n217,n902);
not gate_753(n904,n903);
and gate_754(n905,pi20,n186);
not gate_755(n906,n905);
and gate_756(n907,n350,n906);
not gate_757(n908,n907);
and gate_758(n909,n228,n908);
not gate_759(n910,n909);
and gate_760(n911,n904,n910);
and gate_761(n912,n214,n911);
not gate_762(po43,n912);
and gate_763(n914,n698,n828);
not gate_764(n915,n914);
and gate_765(n916,n217,n915);
not gate_766(n917,n916);
and gate_767(n918,pi21,n186);
not gate_768(n919,n918);
and gate_769(n920,n368,n919);
not gate_770(n921,n920);
and gate_771(n922,n228,n921);
not gate_772(n923,n922);
and gate_773(n924,n917,n923);
and gate_774(n925,n214,n924);
not gate_775(po44,n925);
and gate_776(n927,n712,n841);
not gate_777(n928,n927);
and gate_778(n929,n217,n928);
not gate_779(n930,n929);
and gate_780(n931,pi22,n186);
not gate_781(n932,n931);
and gate_782(n933,n386,n932);
not gate_783(n934,n933);
and gate_784(n935,n228,n934);
not gate_785(n936,n935);
and gate_786(n937,n930,n936);
and gate_787(n938,n214,n937);
not gate_788(po45,n938);
and gate_789(n940,n796,n854);
not gate_790(n941,n940);
and gate_791(n942,n217,n941);
not gate_792(n943,n942);
and gate_793(n944,pi23,n186);
not gate_794(n945,n944);
and gate_795(n946,n404,n945);
not gate_796(n947,n946);
and gate_797(n948,n228,n947);
not gate_798(n949,n948);
and gate_799(n950,n943,n949);
and gate_800(n951,n214,n950);
not gate_801(po46,n951);
and gate_802(n953,pi67,n185);
not gate_803(n954,n953);
and gate_804(n955,pi75,n186);
not gate_805(n956,n955);
and gate_806(n957,n954,n956);
not gate_807(n958,n957);
and gate_808(n959,n217,n958);
not gate_809(n960,n959);
and gate_810(n961,pi78,n185);
not gate_811(n962,n961);
and gate_812(n963,pi82,n186);
not gate_813(n964,n963);
and gate_814(n965,n962,n964);
not gate_815(n966,n965);
and gate_816(n967,n228,n966);
not gate_817(n968,n967);
and gate_818(n969,n960,n968);
and gate_819(n970,n214,n969);
not gate_820(po47,n970);
and gate_821(n972,pi68,n185);
not gate_822(n973,n972);
and gate_823(n974,pi76,n186);
not gate_824(n975,n974);
and gate_825(n976,n973,n975);
not gate_826(n977,n976);
and gate_827(n978,n217,n977);
not gate_828(n979,n978);
and gate_829(n980,pi79,n185);
not gate_830(n981,n980);
and gate_831(n982,pi83,n186);
not gate_832(n983,n982);
and gate_833(n984,n981,n983);
not gate_834(n985,n984);
and gate_835(n986,n228,n985);
not gate_836(n987,n986);
and gate_837(n988,n979,n987);
and gate_838(n989,n214,n988);
not gate_839(po48,n989);
and gate_840(n991,pi69,n185);
not gate_841(n992,n991);
and gate_842(n993,pi77,n186);
not gate_843(n994,n993);
and gate_844(n995,n992,n994);
not gate_845(n996,n995);
and gate_846(n997,n217,n996);
not gate_847(n998,n997);
and gate_848(n999,pi80,n185);
not gate_849(n1000,n999);
and gate_850(n1001,pi84,n186);
not gate_851(n1002,n1001);
and gate_852(n1003,n1000,n1002);
not gate_853(n1004,n1003);
and gate_854(n1005,n228,n1004);
not gate_855(n1006,n1005);
and gate_856(n1007,n998,n1006);
and gate_857(n1008,n214,n1007);
not gate_858(po49,n1008);
and gate_859(n1010,pi70,n185);
not gate_860(n1011,n1010);
and gate_861(n1012,pi78,n186);
not gate_862(n1013,n1012);
and gate_863(n1014,n1011,n1013);
not gate_864(n1015,n1014);
and gate_865(n1016,n217,n1015);
not gate_866(n1017,n1016);
and gate_867(n1018,pi81,n185);
not gate_868(n1019,n1018);
and gate_869(n1020,pi85,n186);
not gate_870(n1021,n1020);
and gate_871(n1022,n1019,n1021);
not gate_872(n1023,n1022);
and gate_873(n1024,n228,n1023);
not gate_874(n1025,n1024);
and gate_875(n1026,n1017,n1025);
and gate_876(n1027,n214,n1026);
not gate_877(po50,n1027);
and gate_878(n1029,pi71,n185);
not gate_879(n1030,n1029);
and gate_880(n1031,pi79,n186);
not gate_881(n1032,n1031);
and gate_882(n1033,n1030,n1032);
not gate_883(n1034,n1033);
and gate_884(n1035,n217,n1034);
not gate_885(n1036,n1035);
and gate_886(n1037,pi82,n185);
not gate_887(n1038,n1037);
and gate_888(n1039,pi86,n186);
not gate_889(n1040,n1039);
and gate_890(n1041,n1038,n1040);
not gate_891(n1042,n1041);
and gate_892(n1043,n228,n1042);
not gate_893(n1044,n1043);
and gate_894(n1045,n1036,n1044);
and gate_895(n1046,n214,n1045);
not gate_896(po51,n1046);
and gate_897(n1048,pi72,n185);
not gate_898(n1049,n1048);
and gate_899(n1050,pi80,n186);
not gate_900(n1051,n1050);
and gate_901(n1052,n1049,n1051);
not gate_902(n1053,n1052);
and gate_903(n1054,n217,n1053);
not gate_904(n1055,n1054);
and gate_905(n1056,pi41,n186);
not gate_906(n1057,n1056);
and gate_907(n1058,n731,n1057);
not gate_908(n1059,n1058);
and gate_909(n1060,n228,n1059);
not gate_910(n1061,n1060);
and gate_911(n1062,n1055,n1061);
and gate_912(n1063,n214,n1062);
not gate_913(po52,n1063);
and gate_914(n1065,pi73,n185);
not gate_915(n1066,n1065);
and gate_916(n1067,pi81,n186);
not gate_917(n1068,n1067);
and gate_918(n1069,n1066,n1068);
not gate_919(n1070,n1069);
and gate_920(n1071,n217,n1070);
not gate_921(n1072,n1071);
and gate_922(n1073,pi42,n186);
not gate_923(n1074,n1073);
and gate_924(n1075,n747,n1074);
not gate_925(n1076,n1075);
and gate_926(n1077,n228,n1076);
not gate_927(n1078,n1077);
and gate_928(n1079,n1072,n1078);
and gate_929(n1080,n214,n1079);
not gate_930(po53,n1080);
and gate_931(n1082,pi74,n185);
not gate_932(n1083,n1082);
and gate_933(n1084,n964,n1083);
not gate_934(n1085,n1084);
and gate_935(n1086,n217,n1085);
not gate_936(n1087,n1086);
and gate_937(n1088,pi43,n186);
not gate_938(n1089,n1088);
and gate_939(n1090,n763,n1089);
not gate_940(n1091,n1090);
and gate_941(n1092,n228,n1091);
not gate_942(n1093,n1092);
and gate_943(n1094,n1087,n1093);
and gate_944(n1095,n214,n1094);
not gate_945(po54,n1095);
and gate_946(n1097,pi75,n185);
not gate_947(n1098,n1097);
and gate_948(n1099,n983,n1098);
not gate_949(n1100,n1099);
and gate_950(n1101,n217,n1100);
not gate_951(n1102,n1101);
and gate_952(n1103,pi44,n186);
not gate_953(n1104,n1103);
and gate_954(n1105,n779,n1104);
not gate_955(n1106,n1105);
and gate_956(n1107,n228,n1106);
not gate_957(n1108,n1107);
and gate_958(n1109,n1102,n1108);
and gate_959(n1110,n214,n1109);
not gate_960(po55,n1110);
and gate_961(n1112,n228,n732);
not gate_962(n1113,n1112);
and gate_963(n1114,n566,n1113);
and gate_964(n1115,pi76,n185);
not gate_965(n1116,n1115);
and gate_966(n1117,n1002,n1116);
not gate_967(n1118,n1117);
and gate_968(n1119,n217,n1118);
not gate_969(n1120,n1119);
and gate_970(n1121,n1114,n1120);
and gate_971(n1122,n214,n1121);
not gate_972(po56,n1122);
and gate_973(n1124,n228,n748);
not gate_974(n1125,n1124);
and gate_975(n1126,n582,n1125);
and gate_976(n1127,pi77,n185);
not gate_977(n1128,n1127);
and gate_978(n1129,n1021,n1128);
not gate_979(n1130,n1129);
and gate_980(n1131,n217,n1130);
not gate_981(n1132,n1131);
and gate_982(n1133,n1126,n1132);
and gate_983(n1134,n214,n1133);
not gate_984(po57,n1134);
and gate_985(n1136,n228,n764);
not gate_986(n1137,n1136);
and gate_987(n1138,n598,n1137);
and gate_988(n1139,n962,n1040);
not gate_989(n1140,n1139);
and gate_990(n1141,n217,n1140);
not gate_991(n1142,n1141);
and gate_992(n1143,n1138,n1142);
and gate_993(n1144,n214,n1143);
not gate_994(po58,n1144);
and gate_995(n1146,n228,n780);
not gate_996(n1147,n1146);
and gate_997(n1148,n614,n1147);
and gate_998(n1149,n981,n1057);
not gate_999(n1150,n1149);
and gate_1000(n1151,n217,n1150);
not gate_1001(n1152,n1151);
and gate_1002(n1153,n1148,n1152);
and gate_1003(n1154,n214,n1153);
not gate_1004(po59,n1154);
and gate_1005(n1156,n228,n789);
not gate_1006(n1157,n1156);
and gate_1007(n1158,n630,n1157);
and gate_1008(n1159,n1000,n1074);
not gate_1009(n1160,n1159);
and gate_1010(n1161,n217,n1160);
not gate_1011(n1162,n1161);
and gate_1012(n1163,n1158,n1162);
and gate_1013(n1164,n214,n1163);
not gate_1014(po60,n1164);
and gate_1015(n1166,n228,n806);
not gate_1016(n1167,n1166);
and gate_1017(n1168,n644,n1167);
and gate_1018(n1169,n1019,n1089);
not gate_1019(n1170,n1169);
and gate_1020(n1171,n217,n1170);
not gate_1021(n1172,n1171);
and gate_1022(n1173,n1168,n1172);
and gate_1023(n1174,n214,n1173);
not gate_1024(po61,n1174);
and gate_1025(n1176,n228,n821);
not gate_1026(n1177,n1176);
and gate_1027(n1178,n658,n1177);
and gate_1028(n1179,n1038,n1104);
not gate_1029(n1180,n1179);
and gate_1030(n1181,n217,n1180);
not gate_1031(n1182,n1181);
and gate_1032(n1183,n1178,n1182);
and gate_1033(n1184,n214,n1183);
not gate_1034(po62,n1184);
endmodule